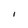
Character: i